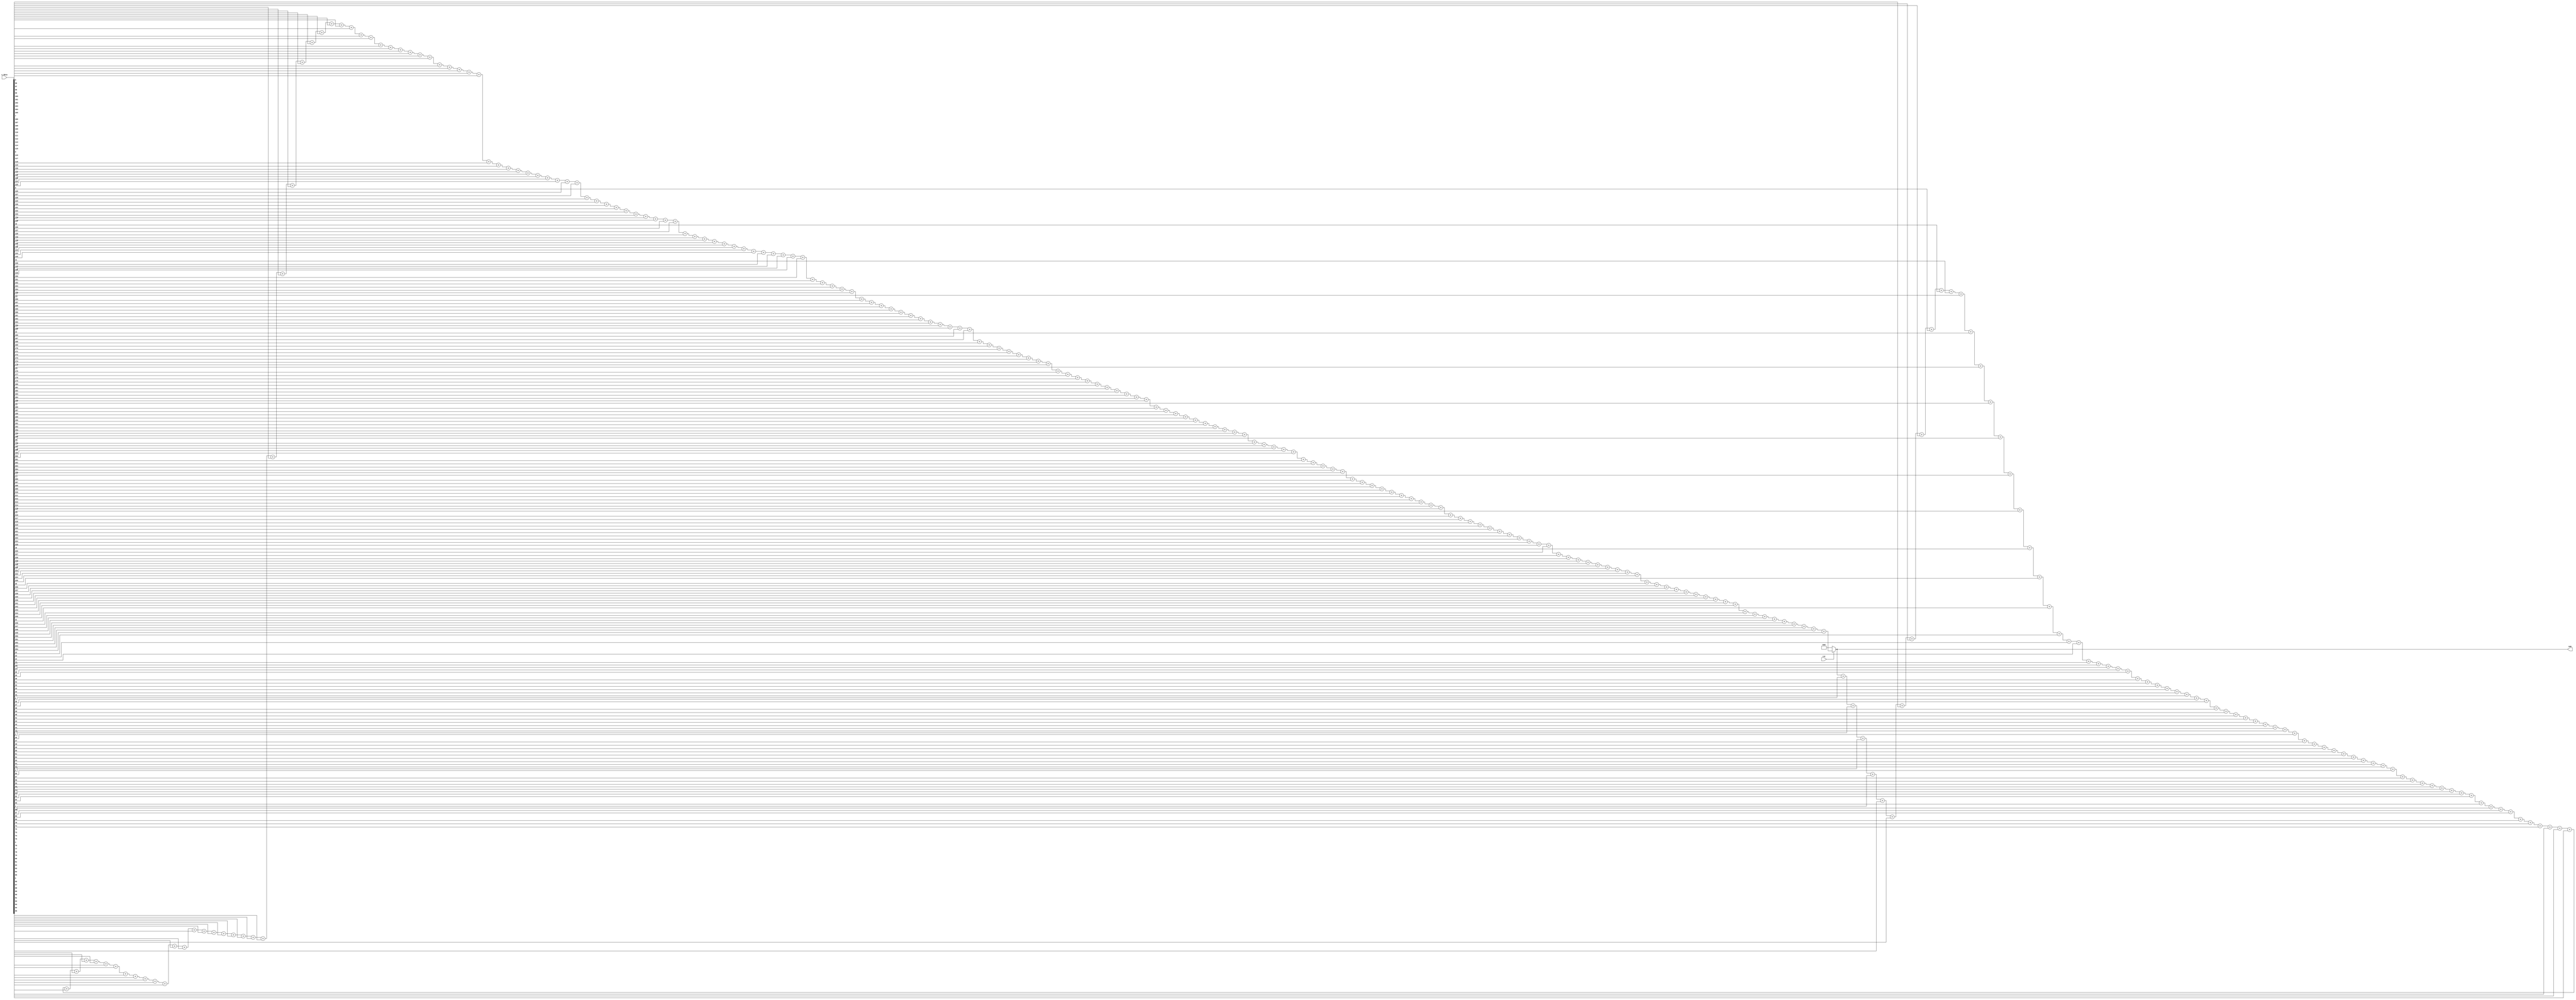
//Time       :    2022/05/21 14:59:12
//Version    :    V1.0
//Abstract   :        


`timescale 1ns/1ps

module multibits_adder(rst, s_data, sum);

//Define parameters:
parameter s_length = 256;
parameter sum_bits = 9;

//Define pins:
input rst;
input [s_length-1:0] s_data;
output wire [sum_bits-1:0] sum;


//Define signals:
reg [sum_bits-1:0] sum_buffer;
assign sum = sum_buffer;

integer i;

//Edit code:
always @(*)
begin

if(!rst) begin
sum_buffer = 0;
end
else begin
for(i=0; i<s_length-1; i=i+1)

sum_buffer = sum_buffer + s_data[i];

end

end


endmodule